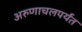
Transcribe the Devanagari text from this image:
अरुणाचलपर्यंत